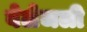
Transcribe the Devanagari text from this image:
बेलेजली